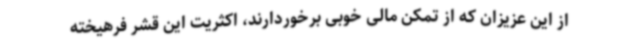
از این عزیزان که از تمکن مالی خوبی برخوردارند، اکثریت این قشر فرهیخته